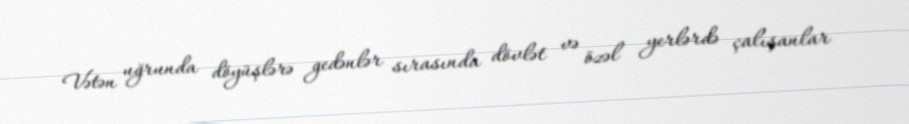
Vətən uğrunda döyüşlərə gedənlər sırasında dövlət və özəl yerlərdə çalışanlar